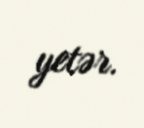
yetər.